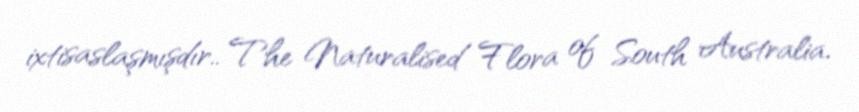
ixtisaslaşmışdır.. The Naturalised Flora of South Australia.